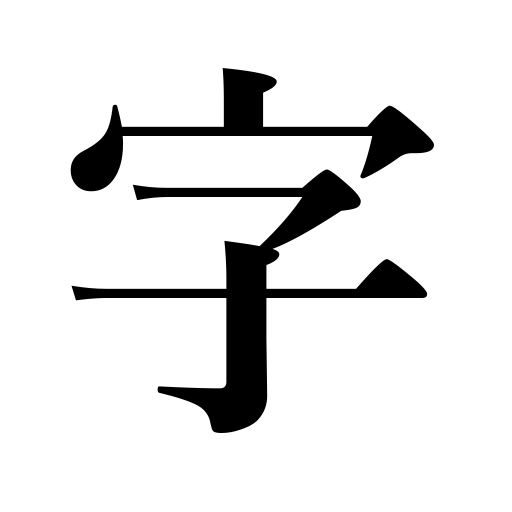
Meanings: section of a village,letter,handwriting,character,word